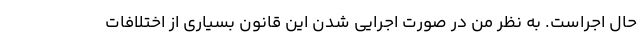
حال اجراست. به نظر من در صورت اجرایی شدن این قانون بسیاری از اختلافات